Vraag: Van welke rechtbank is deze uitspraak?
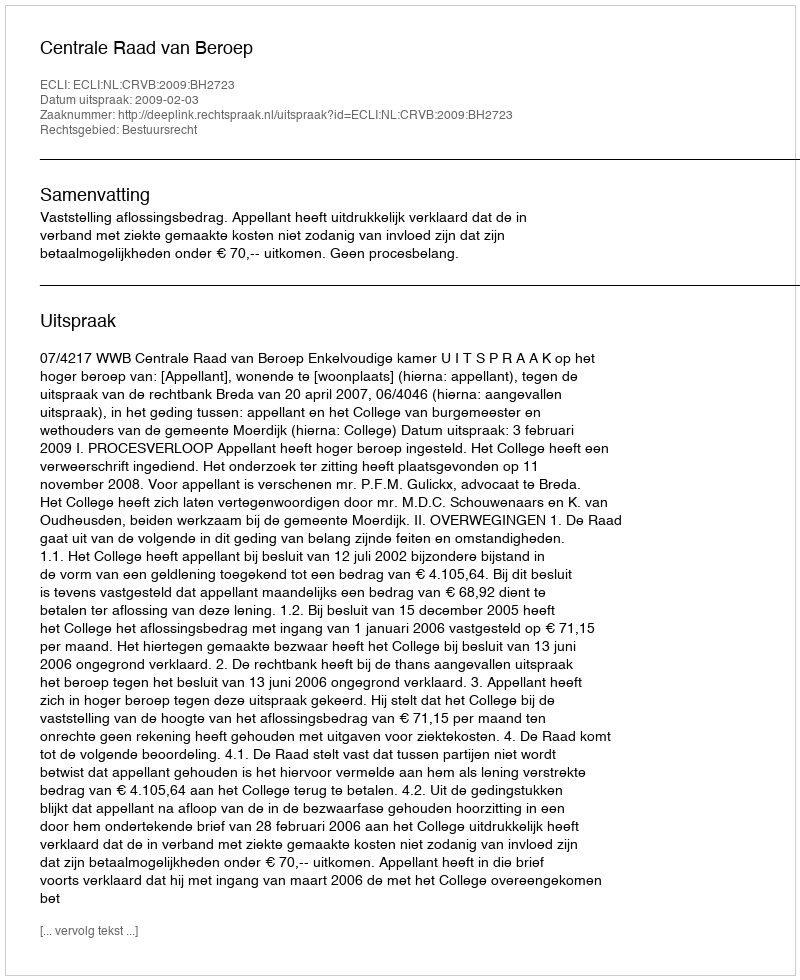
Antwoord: Centrale Raad van Beroep